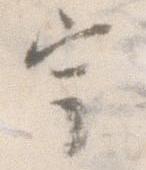
宇